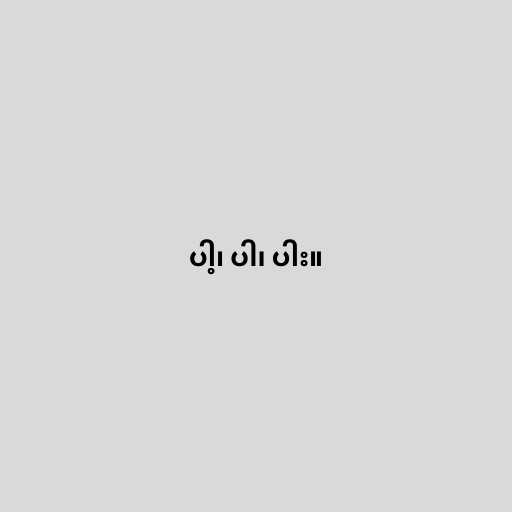
ပါ့၊ ပါ၊ ပါး။